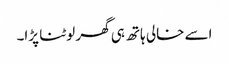
اسے خالی ہاتھ ہی گھر لوٹنا پڑا۔